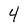
Character: 4